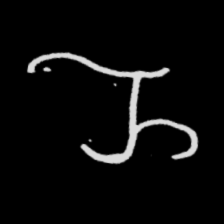
Pyu character \u2014 Myanmar letter: ည (romanized: nya)